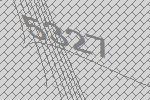
5327